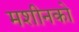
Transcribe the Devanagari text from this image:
मशीनको